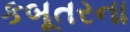
કબૂતરના